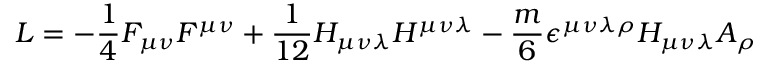
{ \cal L } = - \frac { 1 } { 4 } F _ { \mu \nu } F ^ { \mu \nu } + \frac { 1 } { 1 2 } H _ { \mu \nu \lambda } H ^ { \mu \nu \lambda } - \frac { m } { 6 } \epsilon ^ { \mu \nu \lambda \rho } H _ { \mu \nu \lambda } A _ { \rho }